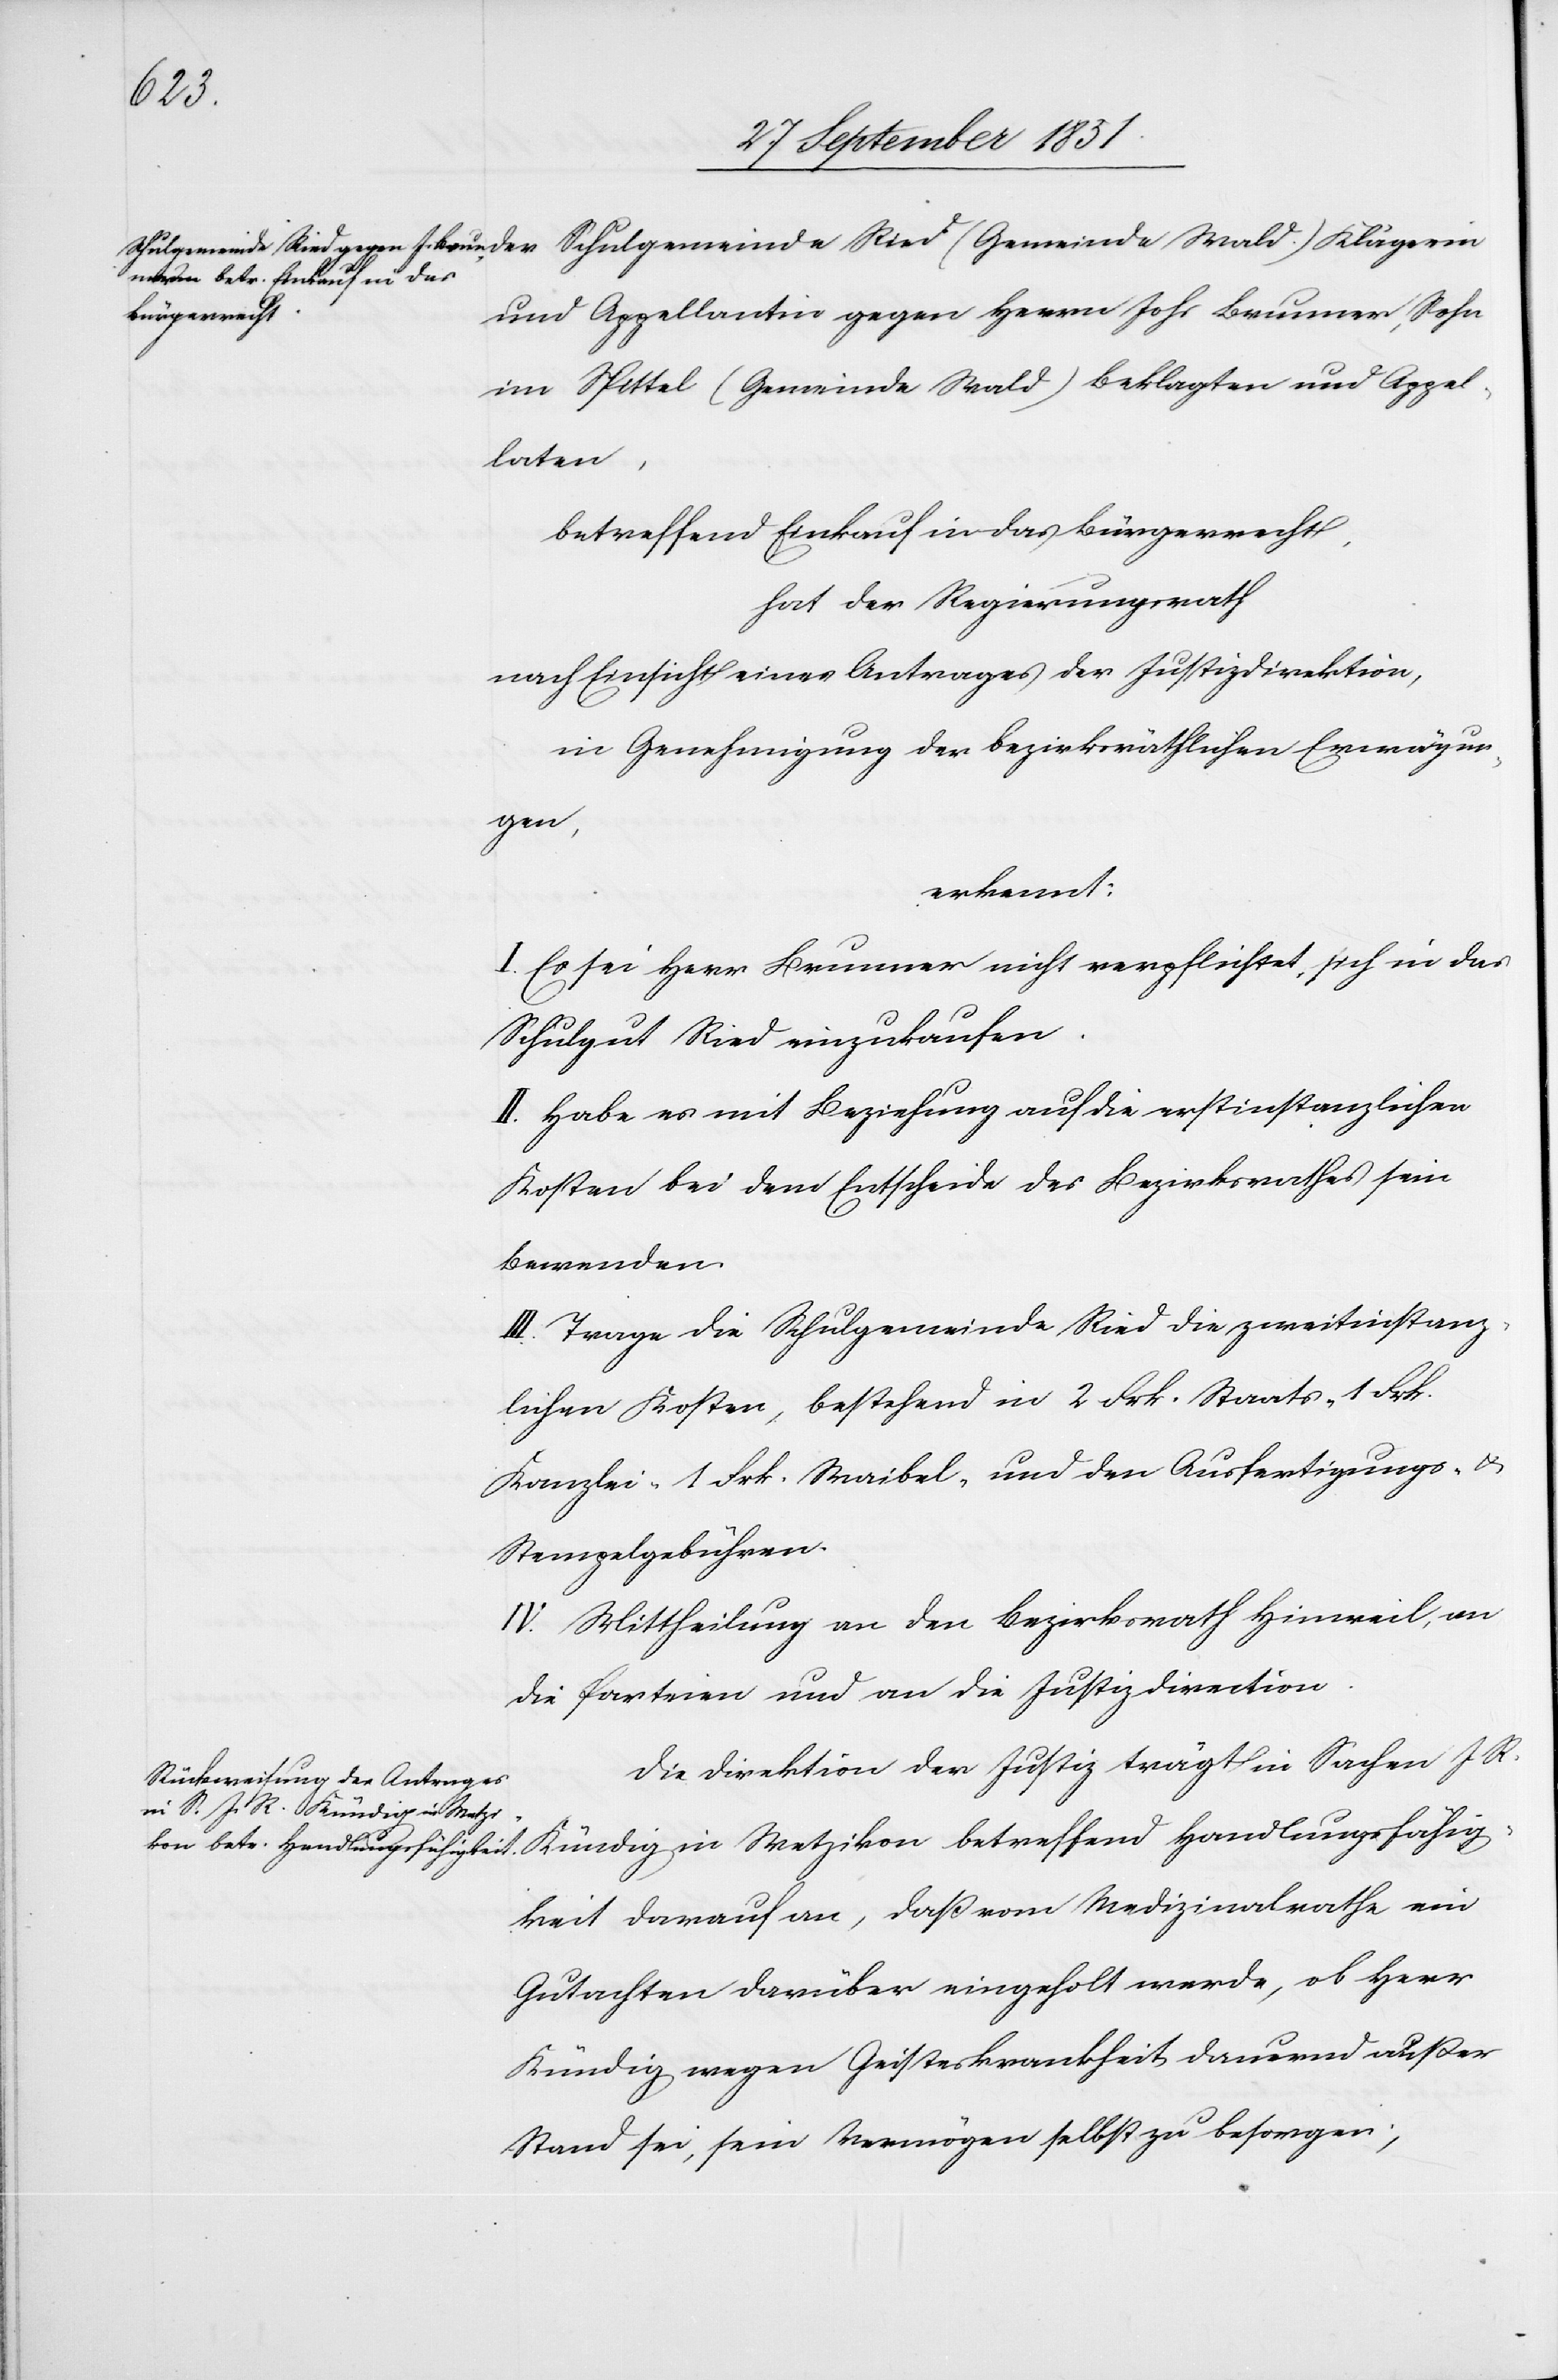
fähig¬
und Appellantin gegen Herrn Johs Brunner, Sohn
im Spittel (Gemeinde Wald) Beklagten und Appel¬
laten,
betreffend Einkauf in das Bürgerrecht,
hat der Regierungsrath
nach Einsicht eines Antrages der Justizdirektion,
in Genehmigung der bezirksräthlichen Erwägun¬
Han¬
erkennt:
I. Es sei Herr Brunner nicht verpflichtet, sich in das
Schulgut Ried einzukaufen.
II. Habe es mit Beziehung auf die erstinstanzlichen
Kosten bei dem Entscheide des Bezirksrathes sein
Bewenden.
III. Trage die Schulgemeinde Ried die zweitinstanz¬
lichen Kosten, bestehend in 2 Frk. Staats-[,] 1 Frk.
Kanzlei-[,] 1 Frk. Waibel- und den Ausfertigungs- &
Stempelgebühren.
IV. Mittheilung an den Bezirksrath Hinweil, an
die Parteien und an die Justizdirection.
Die Direktion der Justiz trägt in Sachen J. R.
keit darauf an, daß vom Medizinalrathe ein
Gutachten darüber eingeholt werde, ob Herr
Kündig wegen Geisteskrankheit dauernd außer
Stand sei, sein Vermögen selbst zu besorgen;